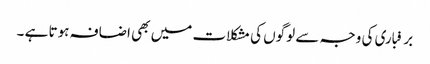
برفباری کی وجہ سے لوگوں کی مشکلات میں بھی اضافہ ہوتا ہے ۔